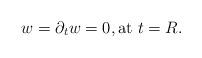
LaTeX: \begin{align*}w = \partial_t w = 0, \mathrm{at} \ t = R.\end{align*}